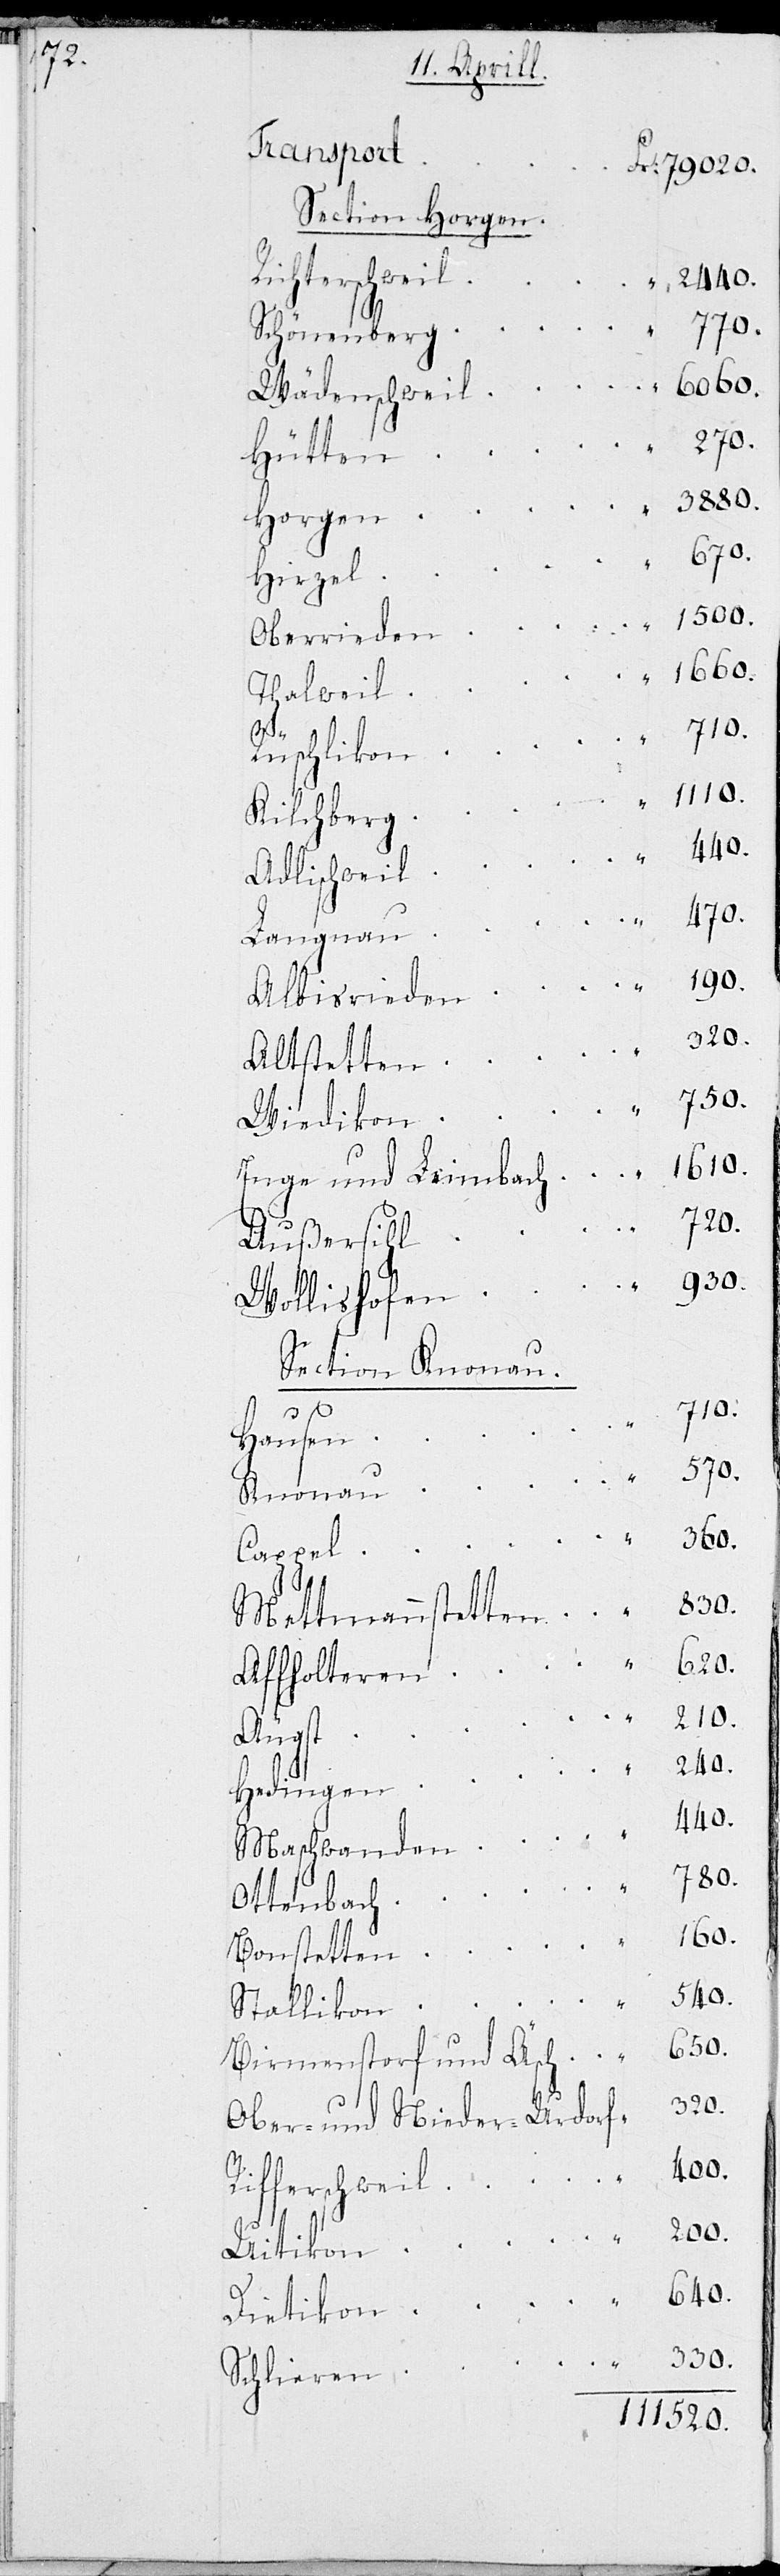
h	780.

Section Horgen.
Schönenber¬
Wädenschwei¬
Oberriede¬
Adlischwei¬
Langna¬
Altstette¬
Enge und Leimbac¬
Außersih¬
Wollishofe¬
Section Knonau.
f	320.
Mettmannstette¬
Affoltere¬
Hedinge¬
Maschwande¬
h	1610.
Ottenbac¬
Birmenstorf und Äsch	650.
330.
Ober- und Nieder-Urdor¬
Rifferschweil	400.
Schlieren
111520.